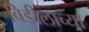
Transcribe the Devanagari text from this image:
विडीलाच्या